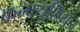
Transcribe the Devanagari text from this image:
कन्फ्युशियन